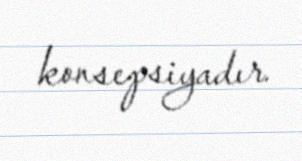
konsepsiyadır.